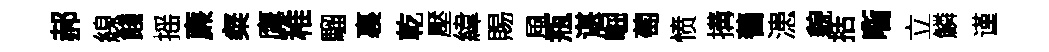
郝線餞摇亷粲鹰稚騮裏乾壓緯賜風瓶谌崛萄愤搆蓍漶貌括㗸立鱗谨